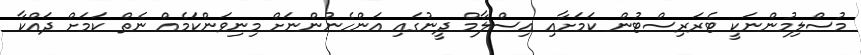
މުސްލިމުންނަކީ ޓެރަރިސްޓުން ކަމަށާއި އިސްލާމް ދީނުގައި އަންހެނުންނަށް މިނިވަންކަމެއް ނެތް ކަމަށް ދައްކާ